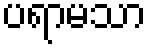
ပရာမသာ